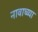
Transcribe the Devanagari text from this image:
नावाच्य्या